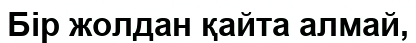
Бiр жолдан қайта алмай,